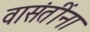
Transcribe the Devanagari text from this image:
वासंतींना